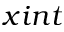
x i n t